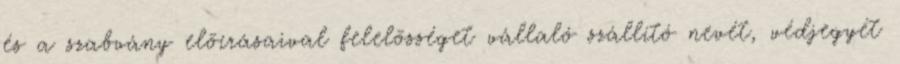
és a szabvány elõírásaival felelõsséget vállaló szállító nevét, védjegyét